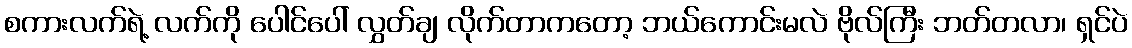
စကားလက်ရဲ့ လက်ကို ပေါင်ပေါ် လွှတ်ချ လိုက်တာကတော့ ဘယ်ကောင်းမလဲ ဗိုလ်ကြီး ဘတ်တလာ၊ ရှင်ပဲ